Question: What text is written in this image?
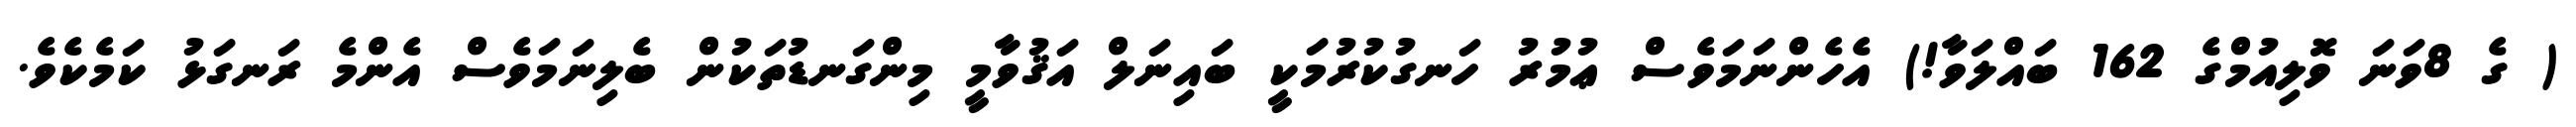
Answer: ( ގެ 8ވަނަ ވޮލިއުމްގެ 162 ބައްލަވާ!) އެހެންނަމަވެސް ޢުމުރު ހަނގުކުރުމަކީ ބައިނަލް އަޤުވާމީ މިންގަނޑުތަކުން ބެލިނަމަވެސް އެންމެ ރަނގަޅު ކަމެކެވެ.